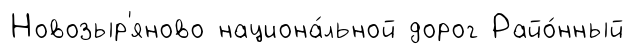
Новозыр'яново национа́льной дорог Райо́нный